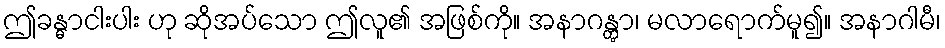
ဤခန္ဓာငါးပါး ဟု ဆိုအပ်သော ဤလူ၏ အဖြစ်ကို။ အနာဂန္တွာ၊ မလာရောက်မူ၍။ အနာဂါမီ၊